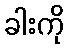
ခါးကို